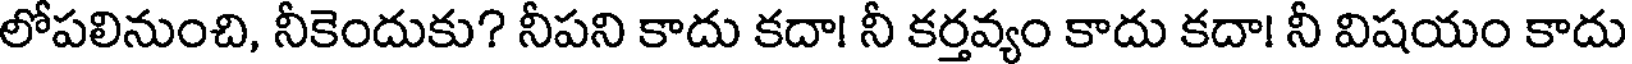
లోపలినుంచి, నీకెందుకు? నీపని కాదు కదా! నీ కర్తవ్యం కాదు కదా! నీ విషయం కాదు